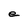
Character: e